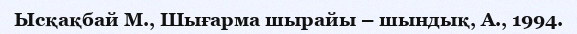
Ысқақбай М., Шығарма шырайы – шындық, А., 1994.